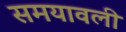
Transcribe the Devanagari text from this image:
समयावली